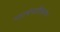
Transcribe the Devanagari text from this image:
पाटबंधारीकरण